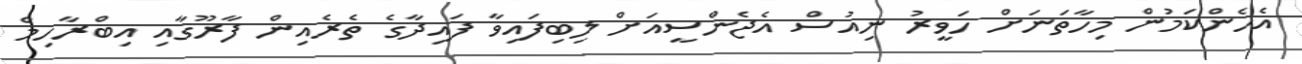
އެހެންކަމުން މިހާތަނަށް ހަވީރު ނިއުސް އެޖެންސީއަށް ލިބިފައިވާ ފައިދާގެ ތެރެއިން ފާރޫގާއި އިބްރާހިމް